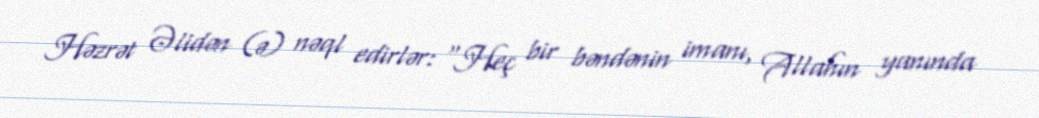
Həzrət Əlidən (ə) nəql edirlər: “Heç bir bəndənin imanı, Allahın yanında